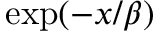
\exp ( - x / \beta )